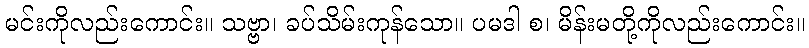
မင်းကိုလည်းကောင်း။ သဗ္ဗာ၊ ခပ်သိမ်းကုန်သော။ ပမဒါ စ၊ မိန်းမတို့ကိုလည်းကောင်း။